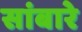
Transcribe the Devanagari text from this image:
सांबारे